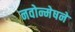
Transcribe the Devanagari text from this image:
नवोन्मेषने